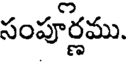
సంపూర్ణము.